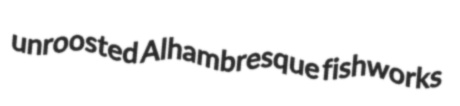
unroosted Alhambresque fishworks